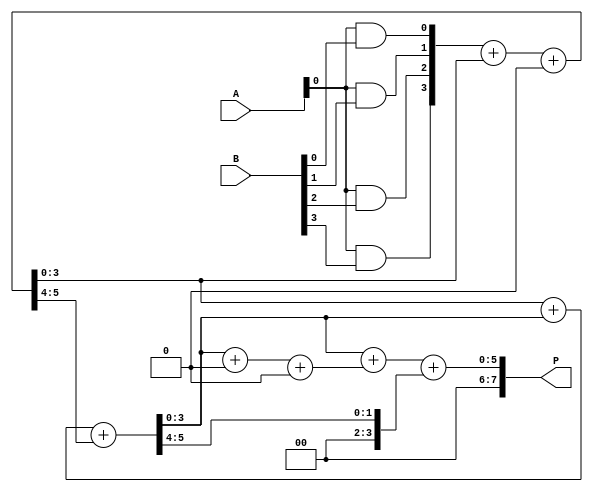
module async_wallace_tree_multiplier #(parameter N = 4) (
    input [N-1:0] A,
    input [N-1:0] B,
    output reg [2*N-1:0] P
);

    // Internal signals for partial products
    wire [N-1:0] partial_products[N-1:0];

    // Generate Partial Products
    genvar i, j;
    generate
        for (i = 0; i < N; i = i + 1) begin: pp_gen
            for (j = 0; j < N; j = j + 1) begin: pp_row
                assign partial_products[i][j] = A[i] & B[j]; // AND operation
            end
        end
    endgenerate

    // Asynchronous Wallace Tree Reduction
    wire [N-1:0] sum[N-1:0];
    wire [N-1:0] carry[N-1:0];

    // Initializing the first stage
    assign sum[0] = partial_products[0];
    assign carry[0] = 0; // No carry in the first stage

    // Wallace Tree Reduction
    generate
        for (i = 0; i < (N-1); i = i + 1) begin: reduction
            if (i < N-1) begin
                // Full Adder for groups of three bits
                assign {carry[i+1], sum[i+1]} = sum[i] + (i < N-2 ? sum[i+1] : 0) + (i < N-2 ? carry[i] : 0);
            end
        end
    endgenerate

    // Final addition stage
    wire [2*N-1:0] final_sum;
    wire [2*N-1:0] final_carry;

    // Final addition
    assign {final_carry, final_sum} = {1'b0, sum[N-2]} + {1'b0, sum[N-1]} + {1'b0, carry[N-2]};

    // Assign final product
    always @* begin
        P = final_sum;
    end

endmodule